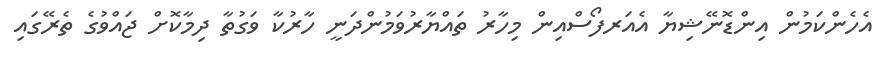
އެހެންކަމުން އިންޑޮނޭޝިޔާ އެއަރފޯސްއިން މިހާރު ތައްޔާރުވަމުންދަނީ ހާރުކާ ވަގުތާ ދިމާކޮށް ޖައްވުގެ ތެރޭގައި